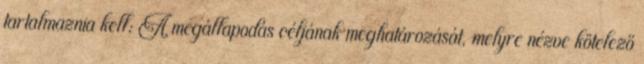
tartalmaznia kell: A megállapodás céljának meghatározását, melyre nézve kötelező